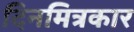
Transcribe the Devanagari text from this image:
दिनमित्रकार